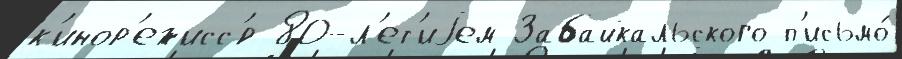
к'инор'ежисс'́р 80-л'ет'иjем Забайкальского п'исьмо́